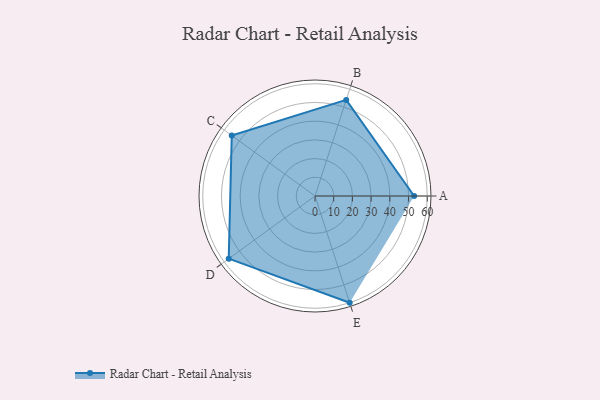
{"axis": {"x": "Skill", "y": "Score"}, "legend": ["Profile"], "data": [{"x": "A", "y": 53.0, "type": "Profile"}, {"x": "B", "y": 54.0, "type": "Profile"}, {"x": "C", "y": 55.0, "type": "Profile"}, {"x": "D", "y": 57.0, "type": "Profile"}, {"x": "E", "y": 60.0, "type": "Profile"}]}